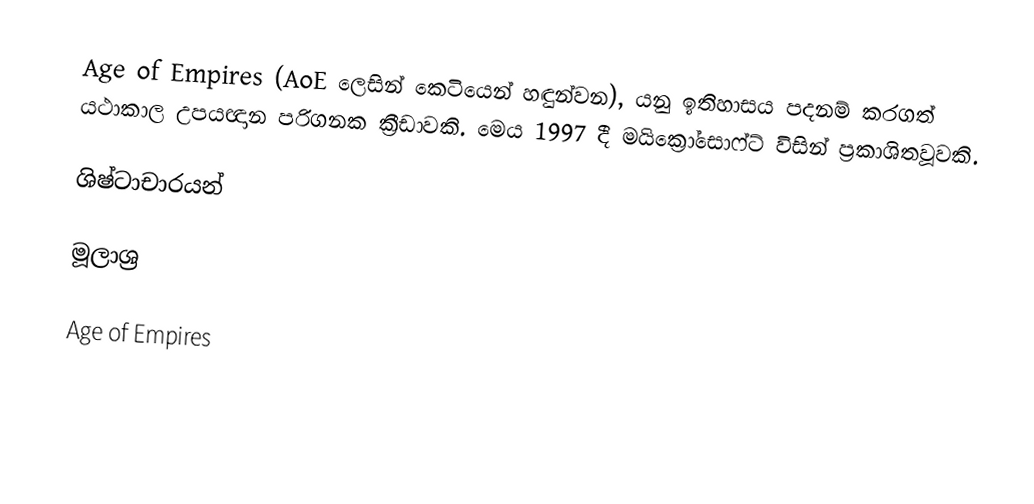
Age of Empires (AoE ලෙසින් කෙටියෙන් හඳුන්වන), යනු  ඉතිහාසය පදනම් කරගත් යථාකාල  උපයඥාන පරිගනක ක්‍රීඩාවකි. මෙය 1997 දී මයික්‍රෝසොෆ්ට් විසින් ප්‍රකාශිතවූවකි.

ශිෂ්ටාචාරයන්

මූලාශ්‍ර

Age of Empires